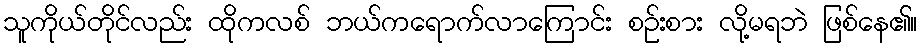
သူကိုယ်တိုင်လည်း ထိုကလစ် ဘယ်ကရောက်လာကြောင်း စဉ်းစား လို့မရဘဲ ဖြစ်နေ၏။